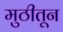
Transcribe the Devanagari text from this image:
मुठीतून